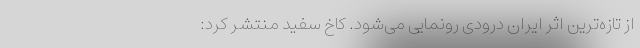
از تازه‌ترین اثر ایران درّودی رونمایی می‌شود. کاخ سفید منتشر کرد: